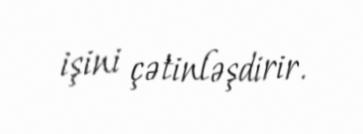
işini çətinləşdirir.